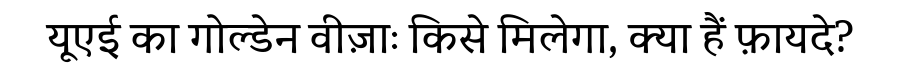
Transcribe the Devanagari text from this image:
यूएई का गोल्डेन वीज़ाः किसे मिलेगा, क्या हैं फ़ायदे?